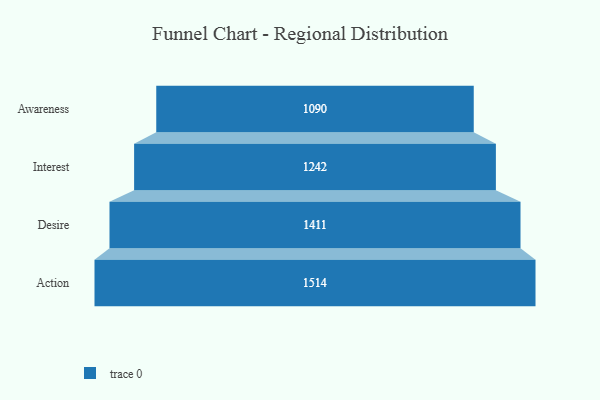
{"axis": {"x": "Stage", "y": "Value"}, "legend": [""], "data": [{"x": "Awareness", "y": 1090.0, "type": ""}, {"x": "Interest", "y": 1242.0, "type": ""}, {"x": "Desire", "y": 1411.0, "type": ""}, {"x": "Action", "y": 1514.0, "type": ""}]}